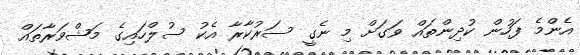
އެންމެ ފަހުން ކުދިންތައް ވަގަށް މި ނެގީ ސަރުކާރާ އެކު ސުލްހައިގެ މަޝްވަރާތައް